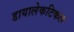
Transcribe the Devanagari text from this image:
डायालेकटिकल